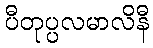
ပီတုပ္ပလမာလိနီ